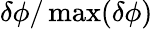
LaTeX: \delta\phi/\operatorname*{max}(\delta\phi)